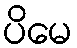
ပိမေ